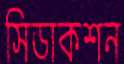
সিডাকশন